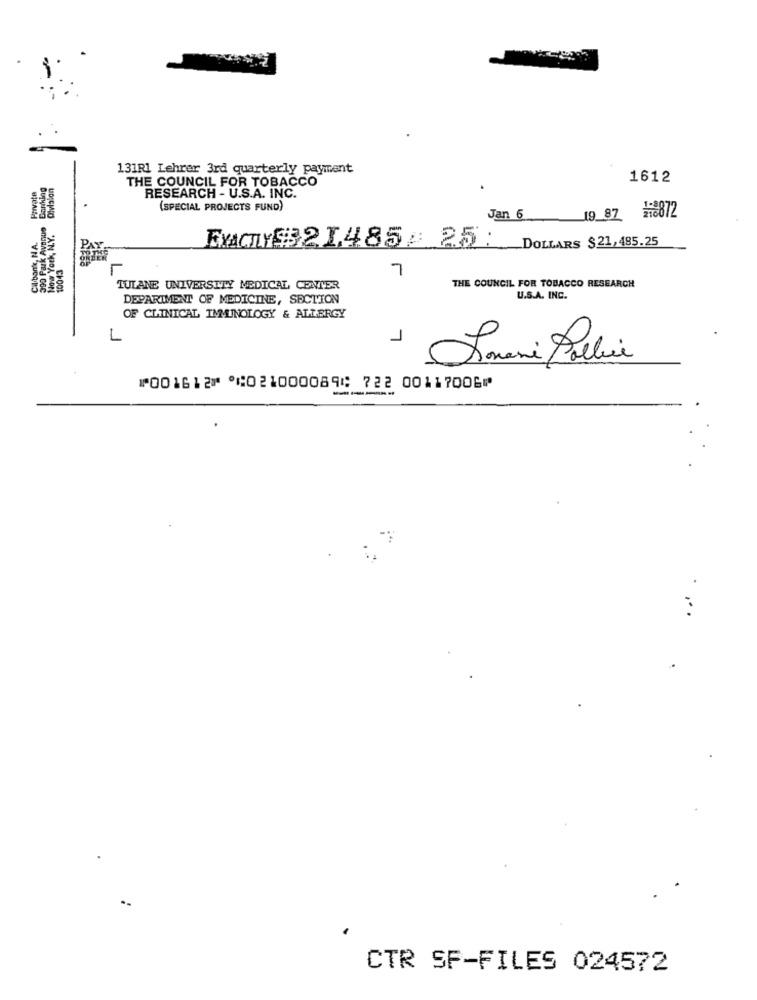
131R1 Lehrer 3rd quarterly payment
THE COUNCIL FOR TOBACCO
1612
Private
RESEARCH - U.S.A. INC.
(SPECIAL PROJECTS FUND)
390 Park Avenue
Jan 6
19_87 18872
Cilbonte N
EXACTLY$321.485/ 25: DOLLARS $21,495.25
7
CHOO
TULANE UNIVERSITY MEDICAL CENTER
THE COUNCIL FOR TOBACCO RESEARCH
DEPARTMENT OF MEDICINE, SECTION
U.S.A. INC.
OF CLINICAL IMMUNOLOGY & ALLERGY
L
1
Joneni Polli
⑈001612⑈ ⑆021000089⑆ 722 00117006⑈
CTR SF-FILES 024572